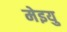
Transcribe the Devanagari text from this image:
मेइयु